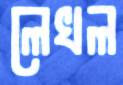
লেখল